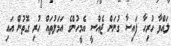
ލައްވާ ހުރިހާ ފައިސާ ގުނަން ޖެއްސީ އެމީހުންގެ އަމަލުތައް ހުރި ގޮތުން އައި